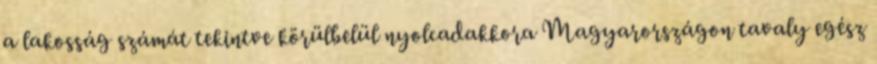
a lakosság számát tekintve körülbelül nyolcadakkora Magyarországon tavaly egész